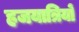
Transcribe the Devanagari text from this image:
हजयात्रियों